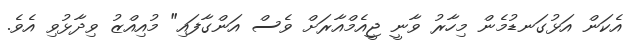
އެކަން އަޅުގަނޑުމެން މިހާރު ވާނީ ޖީއެމްއާރަށް ވެސް އަންގާފައި" މުއިއްޒު ވިދާޅުވި އެވެ.